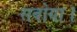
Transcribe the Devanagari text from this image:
सबोया।